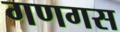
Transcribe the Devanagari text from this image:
गणगस